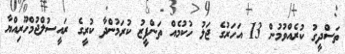
ތަސްދީގު ކުރެއްވުމުން 13 އަހަރުގެ ޖަލު ހުކުމެއް ތަންފީޒު ކުރަމުންދާ ކުރީގެ ރައީސުލްޖުމްހޫރިއްޔާ